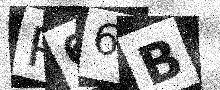
Text: P66B